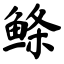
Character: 鲦